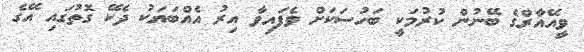
ވީއޭއާރްގެ ބޭނުން ކުރުމަކީ ބަހުސަކަށް ވެފައިވާ އިރު އެއްބަޔަކު ދެކޭ ގޮތުގައި އޭގެ